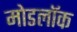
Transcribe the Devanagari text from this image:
मोडलॉक